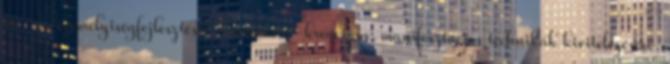
ön- és személyiségfejlesztésre, teremtésre kreációra, manifesztációs technikák kivitelezésére,